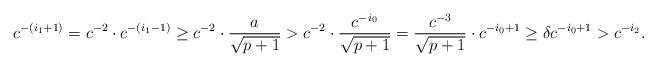
LaTeX: \begin{align*}c^{-(i_1+1)}=c^{-2}\cdot c^{-(i_1-1)} \geq c^{-2}\cdot\frac{a}{\sqrt{p+1}} > c^{-2}\cdot\frac{c^{-i_0}}{\sqrt{p+1}} =\frac{c^{-3}}{\sqrt{p+1}}\cdot c^{-i_0+1}\geq \delta c^{-i_0+1}>c^{-i_2}.\end{align*}